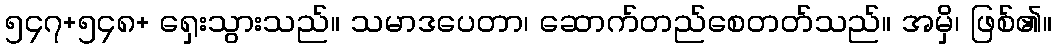
၅၄၇+၅၄၈+ ရှေးသွားသည်။ သမာဒပေတာ၊ ဆောက်တည်စေတတ်သည်။ အမှိ၊ ဖြစ်၏။